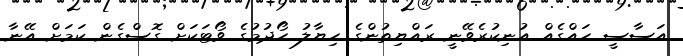
އަސާސީ ހައްގެއް އުނިކުރެވޭނީ ރައްޔިތުންގެ ހިޔާލު ހޯދުމުގެ ވޯޓަކަށް ގޮސްގެން ކަމަށް އޭނާ